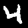
Digit: 4